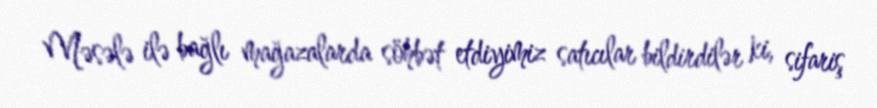
Məsələ ilə bağlı mağazalarda söhbət etdiyimiz satıcılar bildirdilər ki, sifariş